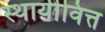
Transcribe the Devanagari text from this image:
स्थायीवित्त